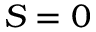
S = 0